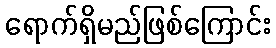
ရောက်ရှိမည်ဖြစ်ကြောင်း